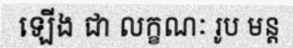
ឡើង ជា លក្ខណៈ រូប មន្ត